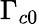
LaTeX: \Gamma_{c0}